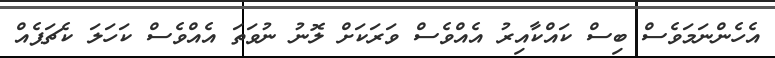
އެހެންނަމަވެސް ބިސް ކައްކާއިރު އެއްވެސް ވަރަކަށް ލޮނު ނުވަތަ އެއްވެސް ކަހަލަ ކެޗަޕެއް